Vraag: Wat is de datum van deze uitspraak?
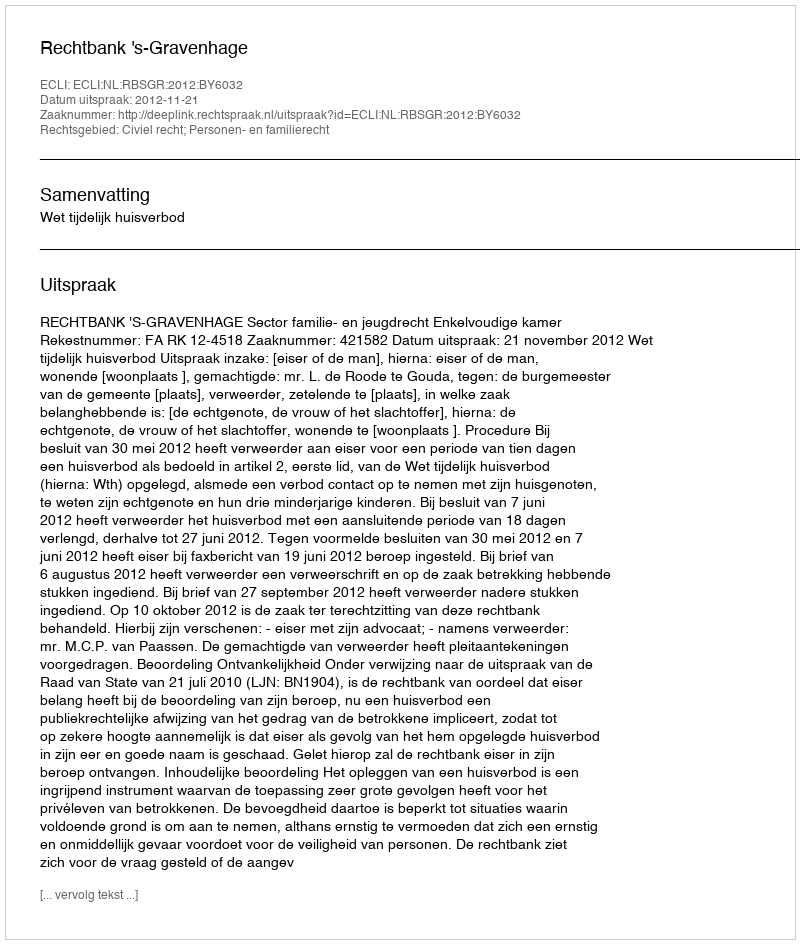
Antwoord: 2012-11-21